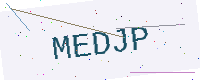
Text: MEDJP